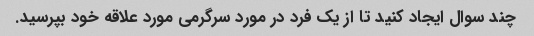
چند سوال ایجاد کنید تا از یک فرد در مورد سرگرمی مورد علاقه خود بپرسید.